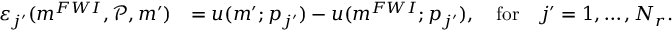
\begin{array} { r l } { \boldsymbol { \varepsilon } _ { j ^ { \prime } } ( \boldsymbol { m } ^ { F W I } , \mathcal { P } , \boldsymbol { m } ^ { \prime } ) } & { = u ( \boldsymbol { m } ^ { \prime } ; p _ { j ^ { \prime } } ) - u ( \boldsymbol { m } ^ { F W I } ; p _ { j ^ { \prime } } ) , \quad \mathrm { f o r } \quad j ^ { \prime } = 1 , \ldots , N _ { r } . } \end{array}